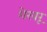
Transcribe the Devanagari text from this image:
शेखरू